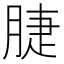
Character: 脻